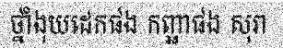
ថ្នាំងុយដេកផង កញ្ឆាផង សុរា